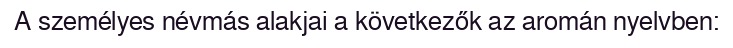
A személyes névmás alakjai a következők az aromán nyelvben: